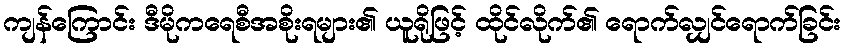
ကျန်ကြောင်း ဒီမိုကရေစီအစိုးရများ၏ ယူရိုဖြင့် ထိုင်လိုက်၏ ရောက်လျှင်ရောက်ခြင်း